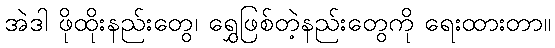
အဲဒါ ဖိုထိုးနည်းတွေ၊ ရွှေဖြစ်တဲ့နည်းတွေကို ရေးထားတာ။